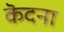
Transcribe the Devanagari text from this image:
कॆदना